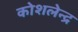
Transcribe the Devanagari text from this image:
कोशलेन्द्र